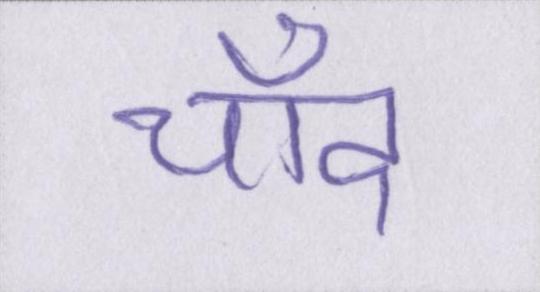
चाँद